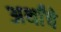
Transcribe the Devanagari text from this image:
अर्थांचे